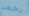
رحمه